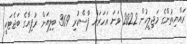
ރައްޔިތުންގެ މަޖިލީހުން 2022 ވަނަ އަހަރަށް ފާސްކުރި 36.9 ބިލިއަން ރުފިޔާގެ ބަޖެޓަކީ